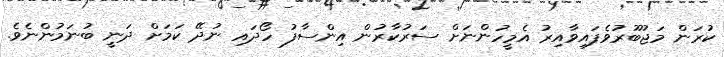
ކުރަން މަޖުބޫރުވެފައިވާއިރު އެމީހުންނަށް ސަރުކާރުން އިންސާފު ހޯދައި ނުދޭ ކަމަށް ދަނީ ބުނަމުންނެވެ.